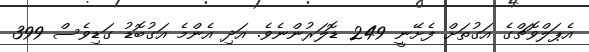
އެޕަލްވޮޗްގެ އަގުތަށް ފެށޭނީ 249 ޑޮލަރުންނެވެ. އަދި އެންމެ އަގުބޮޑު ގަޑިވެސް 399